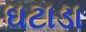
ઘટાડા